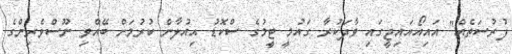
ފުރުސަތެއް" އައިއޯއައިޖީގައި ވާދަކުރާ ގައުމީ ޓީމުގެ ސްކޮޑު އިއުލާން ކުރުމަށް ބޭއްވި ނޫސްވެރިންގެ